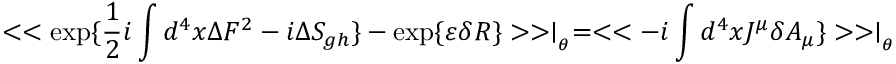
< < \exp \{ \frac { 1 } { 2 } i \int d ^ { 4 } x \Delta F ^ { 2 } - i \Delta S _ { g h } \} - \exp \{ \varepsilon \delta R \} > > \mid _ { _ { \theta } } = < < - i \int d ^ { 4 } x J ^ { \mu } \delta A _ { \mu } \} > > \mid _ { _ { \theta } }